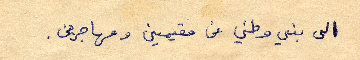
الى بني وطني من مقيمين ومهاجرين.